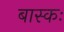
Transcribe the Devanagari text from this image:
बास्कः